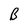
Character: B